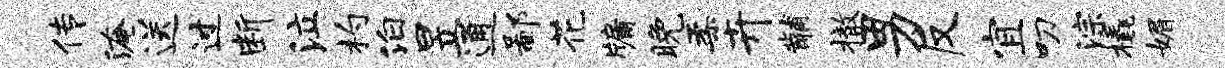
传淹送过断泣杓泊昱通鄙花牖晚柔卉黼撤男反宜叨淙橇媚